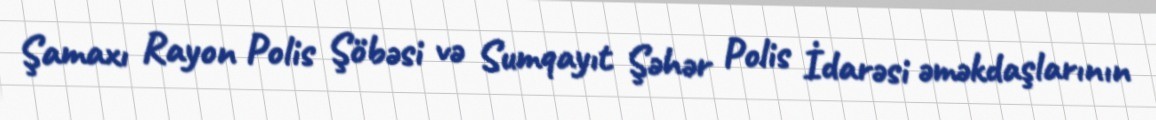
Şamaxı Rayon Polis Şöbəsi və Sumqayıt Şəhər Polis İdarəsi əməkdaşlarının